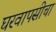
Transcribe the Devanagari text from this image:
घरवापसीचा